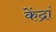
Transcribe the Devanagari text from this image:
केंद्रां